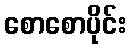
စောစောပိုင်း